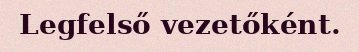
Legfelső vezetőként.